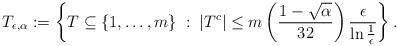
LaTeX: \begin{align*}T_{\epsilon,\alpha}:=\left \{T\subseteq \{1,\ldots, m\} \; : \;|T^c|\le m \left(\frac{1-\sqrt{\alpha}}{32}\right)\frac{\epsilon}{\ln \tfrac{1}{\epsilon}}\right\}.\end{align*}